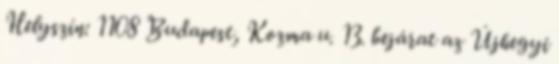
Helyszín: 1108 Budapest, Kozma u. 13. bejárat az Újhegyi